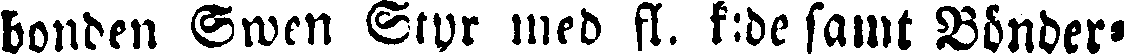
bonden Swen Styr med fl. k.de samt Bönder-